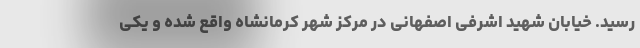
رسید. خیابان شهید اشرفی اصفهانی در مرکز شهر کرمانشاه واقع شده و یکی